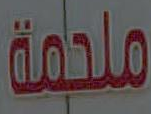
ملحمة